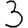
Digit: 3